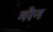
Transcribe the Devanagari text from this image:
मरेन